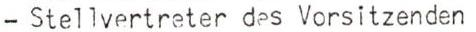
- Stellvertreter des Vorsitzenden